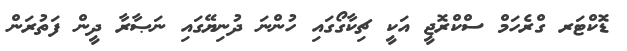
ޑޮކްޓަރ ގްރެހަމް ސްކްރޮޖީ އަކީ ޗިކާގޯގައި ހުންނަ ދުނިޔޭގައި ނަޞާރާ ދީން ފަތުރަން